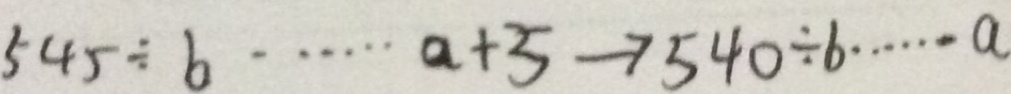
5 4 5 \div b \cdots a + 5 \rightarrow 5 4 0 \div b \cdots a